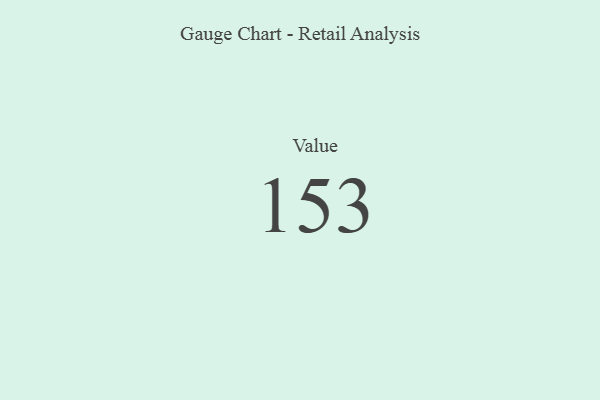
{"axis": {"x": "Metric", "y": "Value"}, "legend": [""], "data": [{"x": "Value", "y": 153, "type": ""}]}